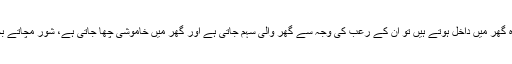
ایسے مرد اس بات پر خوش ہوتے ہیں کہ جب وہ گھر میں داخل ہوتے ہیں تو ان کے رعب کی وجہ سے گھر والی سہم جاتی ہے اور گھر میں خاموشی چھا جاتی ہے، شور مچاتے بچے چپ ہوکر اپنے کمروں میں دبک جاتے ہیں۔